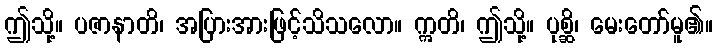
ဤသို့။ ပဇာနာတိ၊ အပြားအားဖြင့်သိသလော။ ဣတိ၊ ဤသို့။ ပုစ္ဆိ၊ မေးတော်မူ၏။